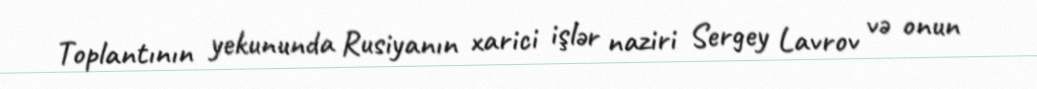
Toplantının yekununda Rusiyanın xarici işlər naziri Sergey Lavrov və onun